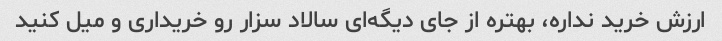
ارزش خرید نداره، بهتره از جای دیگه‌ای سالاد سزار رو خریداری و میل کنید